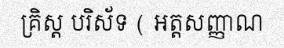
គ្រិស្ត បរិស័ទ ( អត្តសញ្ញាណ